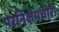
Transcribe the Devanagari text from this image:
परनिक्षेपचोरी